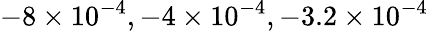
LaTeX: -8\times 10^{-4},-4\times 10^{-4},-3.2\times 10^{-4}